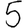
Digit: 5